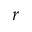
r